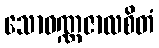
သောဝဏ္ဏဇာလစိတံ